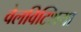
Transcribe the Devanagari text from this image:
वेलविट्शिया